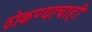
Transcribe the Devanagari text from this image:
ठोकण्याचाही